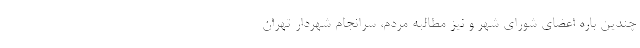
چندین باره اعضای شورای شهر و نیز مطالبه مردم، سرانجام شهردار تهران